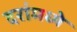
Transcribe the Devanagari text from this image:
दरांमध्ये